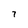
Character: 7